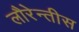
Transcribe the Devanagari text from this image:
लौरेन्तीस